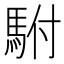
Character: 駙